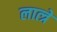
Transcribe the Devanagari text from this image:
लात्त्रे